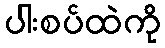
ပါးစပ်ထဲကို